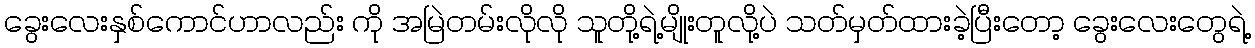
ခွေးလေးနှစ်ကောင်ဟာလည်း ကို အမြဲတမ်းလိုလို သူတို့ရဲ့မျိုးတူလို့ပဲ သတ်မှတ်ထားခဲ့ပြီးတော့ ခွေးလေးတွေရဲ့